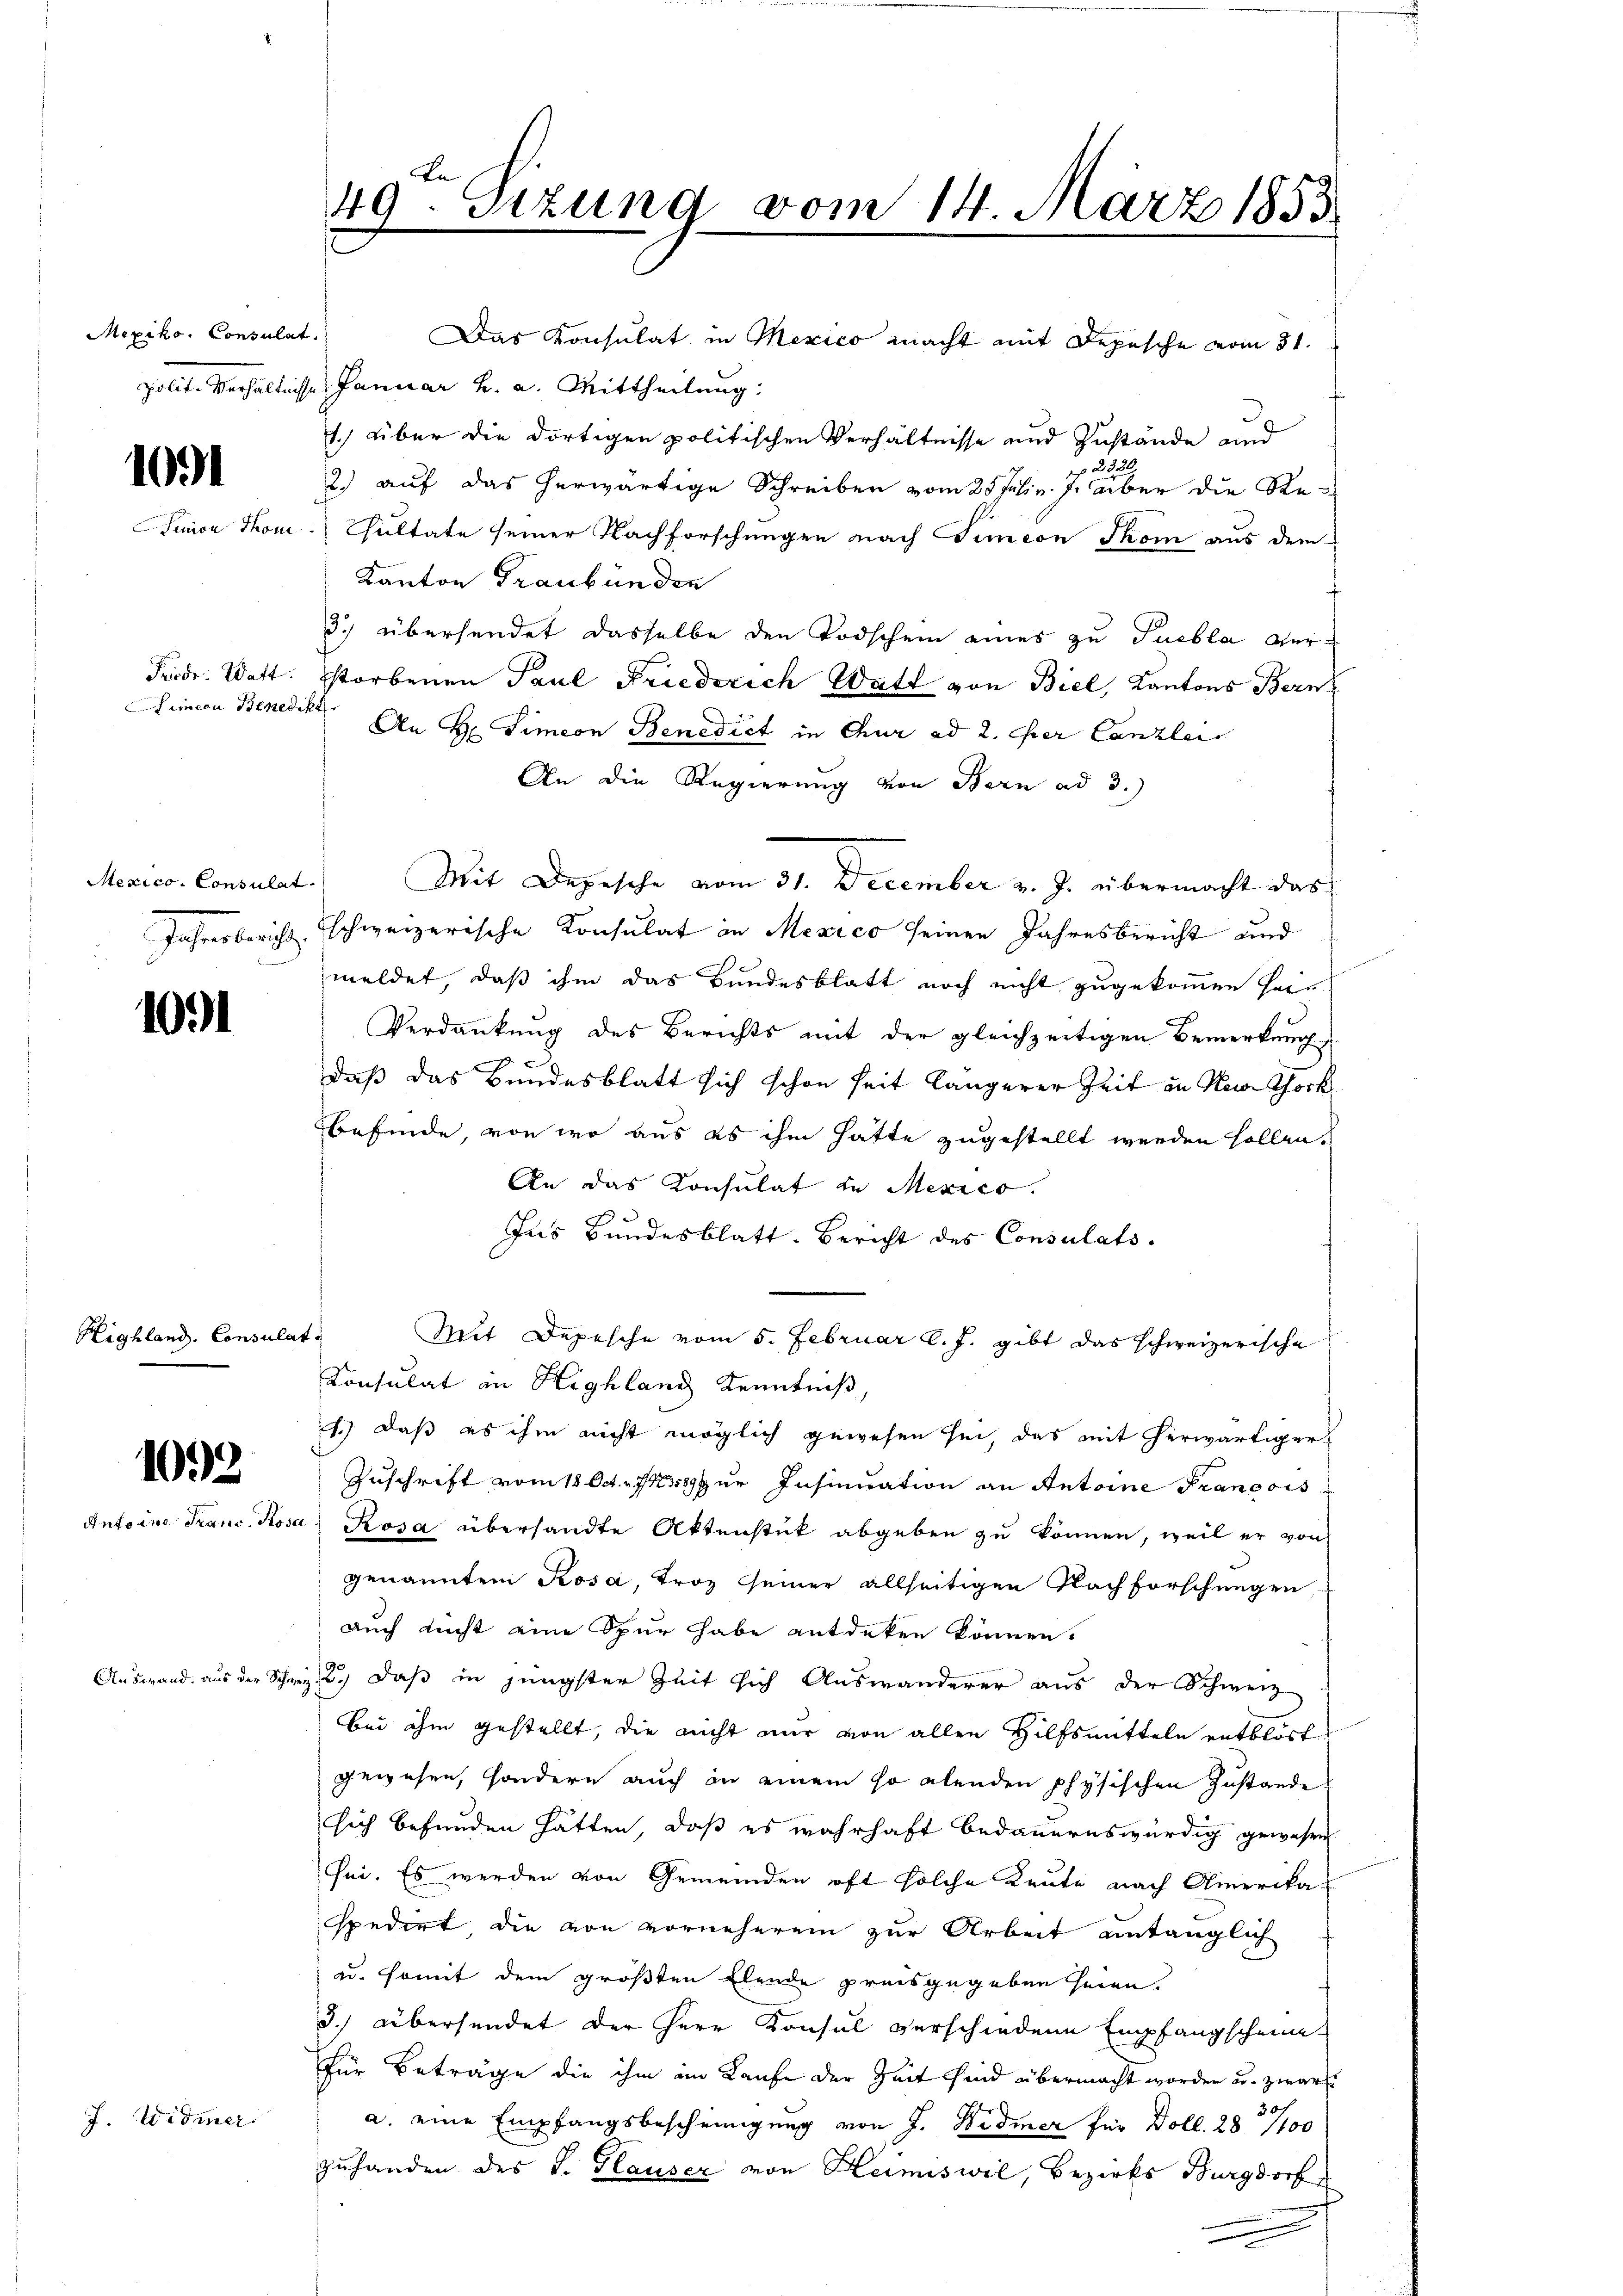
Mexiko, Consulat
galle derseitig

1091

Mexico Consulat
Jahrendent

1091

Highland. Consulat

1092
Antoine Franc, Rose

J. Widmer.

Thon

Fürde. Watt
Simeon Benedi

Auswand, aus der Schwe

¬

Le
49. Sizung vom 14. März 1853

Das Konsulat in Mexico macht mit Depesche vom 31.
Januar h. a. Mittheilung.
1.) Über die dortigen politischen Verhältnisse und Zustande und
2320
2.) auf das herwärtige Schreiben vom 25 Jahr. J. aber die Re¬
Sultate seiner Nachforschungen nach Simeon Thom aus dem
Kanton Graubünden
3.) übersendet dasselbe den Todschein eines zu Puebla verstorbenen Paul Friederich Watt von Biel, Kantons Bern
 An Hr. Simeon Benedict in Chur ad 2. Der Canzlei
An die Regierung von Bern ad 3.)
Mit Depesche vom 31. December v. J. übermacht das
schweizerische Konsulat in Mexico seinen Jahresbericht und
meldet, daß ihm das Bundesblatt noch nicht zugekommen sein
Verdankung des Berichts mit der gleichzeitigen Bemerkung,
daß das Bundesblatt sich schon seit längerer Zeit in New-York
befinde, von wo aus es ihm hatte zugestellt werden sollen.
An das Konsulat in Mexico.
Ins Bundesblatt. Bericht des Consulats.
Mit Depesche vom 5. Februar l. J. gibt das schweizerische
Konsulat in Highland Kenntniß
1.) Daß es ihm nicht möglich gewesen sei, das mit herwärtiger-
Zuschrift vom 18. Oct. 738 zur Insinuation an Antoine Francois
Rosa übersandte Aktenstück abgeben zu können, weil er von
genannten Rosa, Trog seiner allseitigen Nachforschungen,
auch nicht eine Spur habe entdeken können.
2.) Daß in jüngster Zeit sich Auswanderer aus der Schweiz
bei ihm gestellt, die nicht mir von allen Hilfsmitteln entblöst
gewesen, sondern auch in einem so abenden physischen Zustande.
sich befunden hätten, daß es wahrhaft bedauernswürdig gewesen
sei. Es werden von Gemeinden oft solche Leute nach Amerikaspedirt die von vorneheren zur Arbeit antänglich
u. somit dem größten Elende preisgegeben seien.
3.) Übersendet der Herr Konsul verschiedene Empfangscheine
für Beträge die ihm im Kaufe der Zeit sind übermacht worden u. zwar
a. eine Empfangsbescheinigung von J. Widmer für Doll. 28. 7100
zuhanden des J. Glauser von Heimiswil, Bezirks Burgdorf